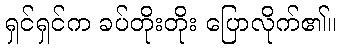
ရှင်ရှင်က ခပ်တိုးတိုး ပြောလိုက်၏။